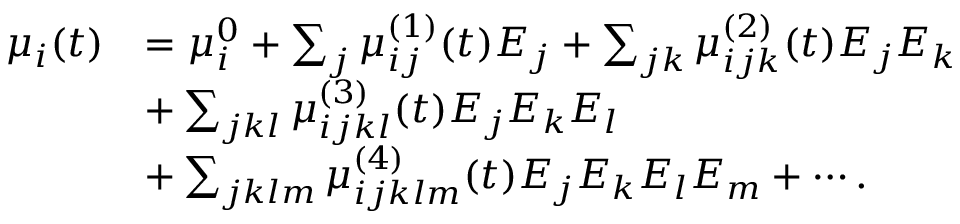
\begin{array} { r l } { \mu _ { i } ( t ) } & { = \mu _ { i } ^ { 0 } + \sum _ { j } \mu _ { i j } ^ { ( 1 ) } ( t ) E _ { j } + \sum _ { j k } \mu _ { i j k } ^ { ( 2 ) } ( t ) E _ { j } E _ { k } } \\ & { + \sum _ { j k l } \mu _ { i j k l } ^ { ( 3 ) } ( t ) E _ { j } E _ { k } E _ { l } } \\ & { + \sum _ { j k l m } \mu _ { i j k l m } ^ { ( 4 ) } ( t ) E _ { j } E _ { k } E _ { l } E _ { m } + \cdots . } \end{array}